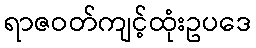
ရာဇဝတ်ကျင့်ထုံးဥပဒေ